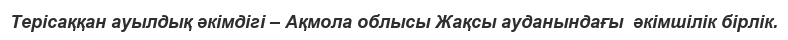
Терісаққан ауылдық әкімдігі – Ақмола облысы Жақсы ауданындағы  әкімшілік бірлік.